Annual administration report of the Civil Veterinary Department of India - 1897-1898
Year: 1897
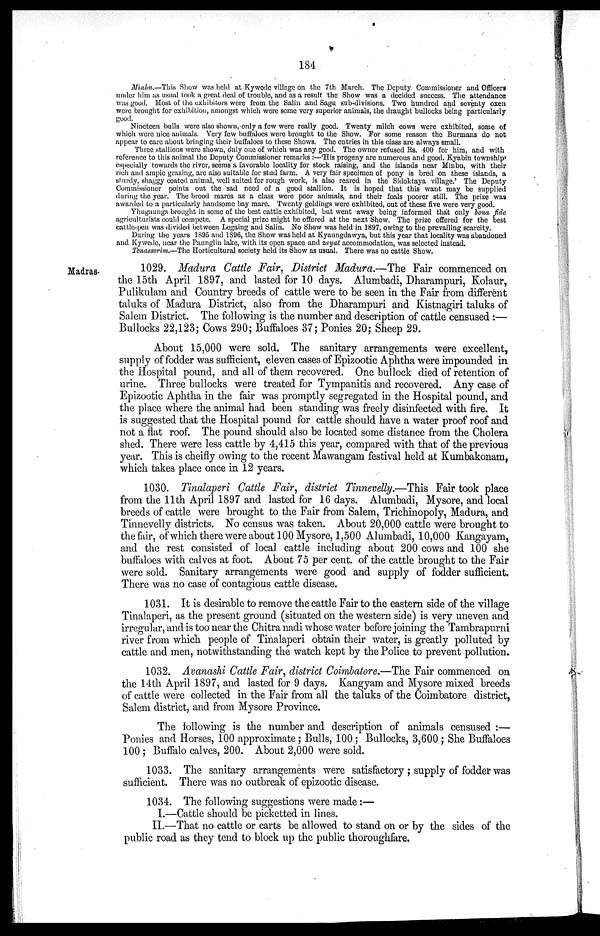
184
Minbu.—This Show was held at Kywede village on the 7th March. The Deputy. Commissioner and Officers
under him as usual took a great deal of trouble, and as a result the Show was a decided success. The attendance
was good. Most of the exhibitors were from the Salin and Sagu sub-divisions. Two hundred and seventy oxen
were brought for exhibition, amongst which were some very superior animals, the draught bullocks being particularly
good.
Nineteen bulls were also shown, only a few were really good. Twenty milch cows were exhibited, some of
which were nice animals. Very few buffaloes were brought to the Show. For some reason the Burmans do not
appear to care about bringing their buffaloes to these Shows. The entries in this class are always small.
Three stallions were shown, only one of which was any good. The owner refused Rs. 400 for him, and with
reference to this animal the Deputy Commissioner remarks:—'His progeny are numerous and good. Kyabin township'
especially towards the river, seems a favorable locality for stock raising, and the islands near Minbu, with their
rich and ample grazing, are also suitable for stud farm. A very fair specimen of pony is bred on these islands, a
sturdy, shaggy coated animal, well suited for rough work, is also reared in the Sidoktaya village.' The Deputy
Commissioner points out the sad need of a good stallion. It is hoped that this want may be supplied
during the year. The brood mares as a class were poor animals, and their foals poorer still. The prize was
awarded to a particularly handsome bay mare. Twenty geldings were exhibited, out of these five were very good.
Yhugaungs brought in some of the best cattle exhibited, but went away being informed that only bona fide
agriculturists could compete. A special prize might be offered at the next Show. The prize offered for the best
caltle-pen was divided between Legaing and Salin. No Show was held in 1897, owing to the prevailing scarcity.
During the years 1895 and 1896, the Show was held at Kyaungdawya, but this year that locality was abandoned
and Kywede, near the Paunglin lake, with its open space and zayat accommodation, was selected instead.
Tenassorim.—The Horticultural society held its Show as usual. There was no cattle Show.
Madras.
1029. Madura Cattle Fair, District Madura.—The Fair commenced on
the 15th April 1897, and lasted for 10 days. Alumbadi, Dharampuri, Kolaur,
Pulikulam and Country breeds of cattle were to be seen in the Fair from different
taluks of Madura District, also from the Dharampuri and Kistnagiri taluks of
Salem District. The following is the number and description of cattle censused:—
Bullocks 22,123; Cows 290; Buffaloes 37; Ponies 20; Sheep 29.
About 15,000 were sold. The sanitary arrangements were excellent,
supply of fodder was sufficient, eleven cases of Epizootic Aphtha were impounded in
the Hospital pound, and all of them recovered. One bullock died of retention of
urine. Three bullocks were treated for Tympanitis and recovered. Any case of
Epizootic Aphtha in the fair was promptly segregated in the Hospital pound, and
the place where the animal had been standing was freely disinfected with fire. It
is suggested that the Hospital pound for cattle should have a water proof roof and
not a flat roof. The pound should also be located some distance from the Cholera
shed. There were less cattle by 4,415 this year, compared with that of the previous
year. This is cheifly owing to the recent Mawangam festival held at Kumbakonam,
which takes place once in 12 years.
1030. Tinalaperi Cattle Fair, district Tinnevelly.—This Fair took place
from the 11th April 1897 and lasted for 16 days. Alumbadi, Mysore, and local
breeds of cattle were brought to the Fair from Salem, Trichinopoly, Madura, and
Tinnevelly districts. No census was taken. About 20,000 cattle were brought to
the fair, of which there were about 100 Mysore, 1,500 Alumbadi, 10,000 Kangayam,
and the rest consisted of local cattle including about 200 cows and 100 she
buffaloes with calves at foot. About 75 per cent. of the cattle brought to the Fair
were sold. Sanitary arrangements were good and supply of fodder sufficient.
There was no case of contagious cattle disease.
1031. It is desirable to remove the cattle Fair to the eastern side of the village
Tinalaperi, as the present ground (situated on the western side) is very uneven and
irregular, and is too near the Chitra nadi whose water before joining the Tambrapurni
river from which people of Tinalaperi obtain their water, is greatly polluted by
cattle and men, notwithstanding the watch kept by the Police to prevent pollution.
1032. Avanashi Cattle Fair, district Coimbatore.—The Fair commenced on
the 14th April 1897, and lasted for 9 days. Kangyam and Mysore mixed breeds
of cattle were collected in the Fair from all the taluks of the Coimbatore district,
Salem district, and from Mysore Province.
The following is the number and description of animals censused:—
Ponies and Horses, 100 approximate; Bulls, 100; Bullocks, 3,600; She Buffaloes
100; Buffalo calves, 200. About 2,000 were sold.
1033. The sanitary arrangements were satisfactory; supply of fodder was
sufficient. There was no outbreak of epizootic disease.
1034. The following suggestions were made:—
I.—Cattle should be picketted in lines.
II.—That no cattle or carts be allowed to stand on or by the sides of the
public road as they tend to block up the public thoroughfare.